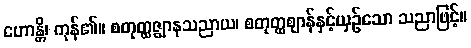
ဟောန္တိ၊ ကုန်၏။ စတုတ္ထဇ္ဈာနသညာယ၊ စတုတ္ထဈာန်နှင့်ယှဉ်သော သညာဖြင့်။